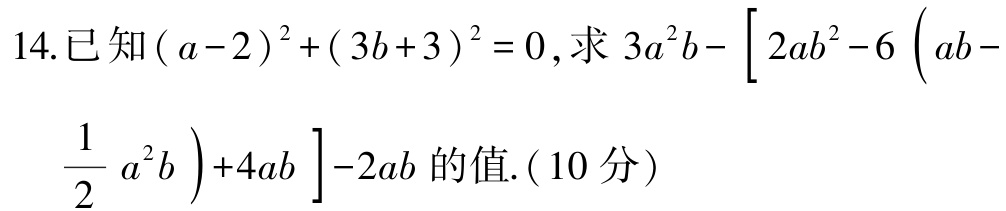
14.已知\((a - 2)^2 + (3b + 3)^2 = 0\),求\(3a^{2}b-\left[2ab^{2}-6\left(ab - \frac{1}{2}a^{2}b\right)+4ab\right]-2ab\)的值.(10分)